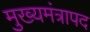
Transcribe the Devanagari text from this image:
मुख्यमंत्रापद